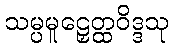
သမ္ပမူဠှေတ္ထဝိဒ္ဒသု